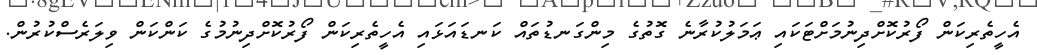
އެހީތެރިކަން ފޯރުކޮށްދިނުމަށްޓަކައި ޢަމަލުކުރާނެ ގޮތުގެ މިންގަނޑުތައް ކަނޑައަޅައި އެހީތެރިކަން ފޯރުކޮށްދިނުމުގެ ކަންކަން ވިލަރެސްކުރުން.